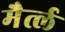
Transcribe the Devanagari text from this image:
मैर्त्ल